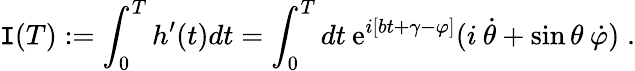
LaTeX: \mathtt{I}(T):=\int_{0}^{T}h^{\prime}(t)dt=\int_{0}^{T}dt\: \mathrm{e}^{i[bt+\gamma-\varphi]}(i\: \dot{{\theta}}+\sin\theta\: \dot{{\varphi}})\; .